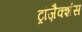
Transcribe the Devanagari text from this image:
ट्रांज़ैक्शंस